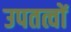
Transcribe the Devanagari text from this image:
उपतत्वों